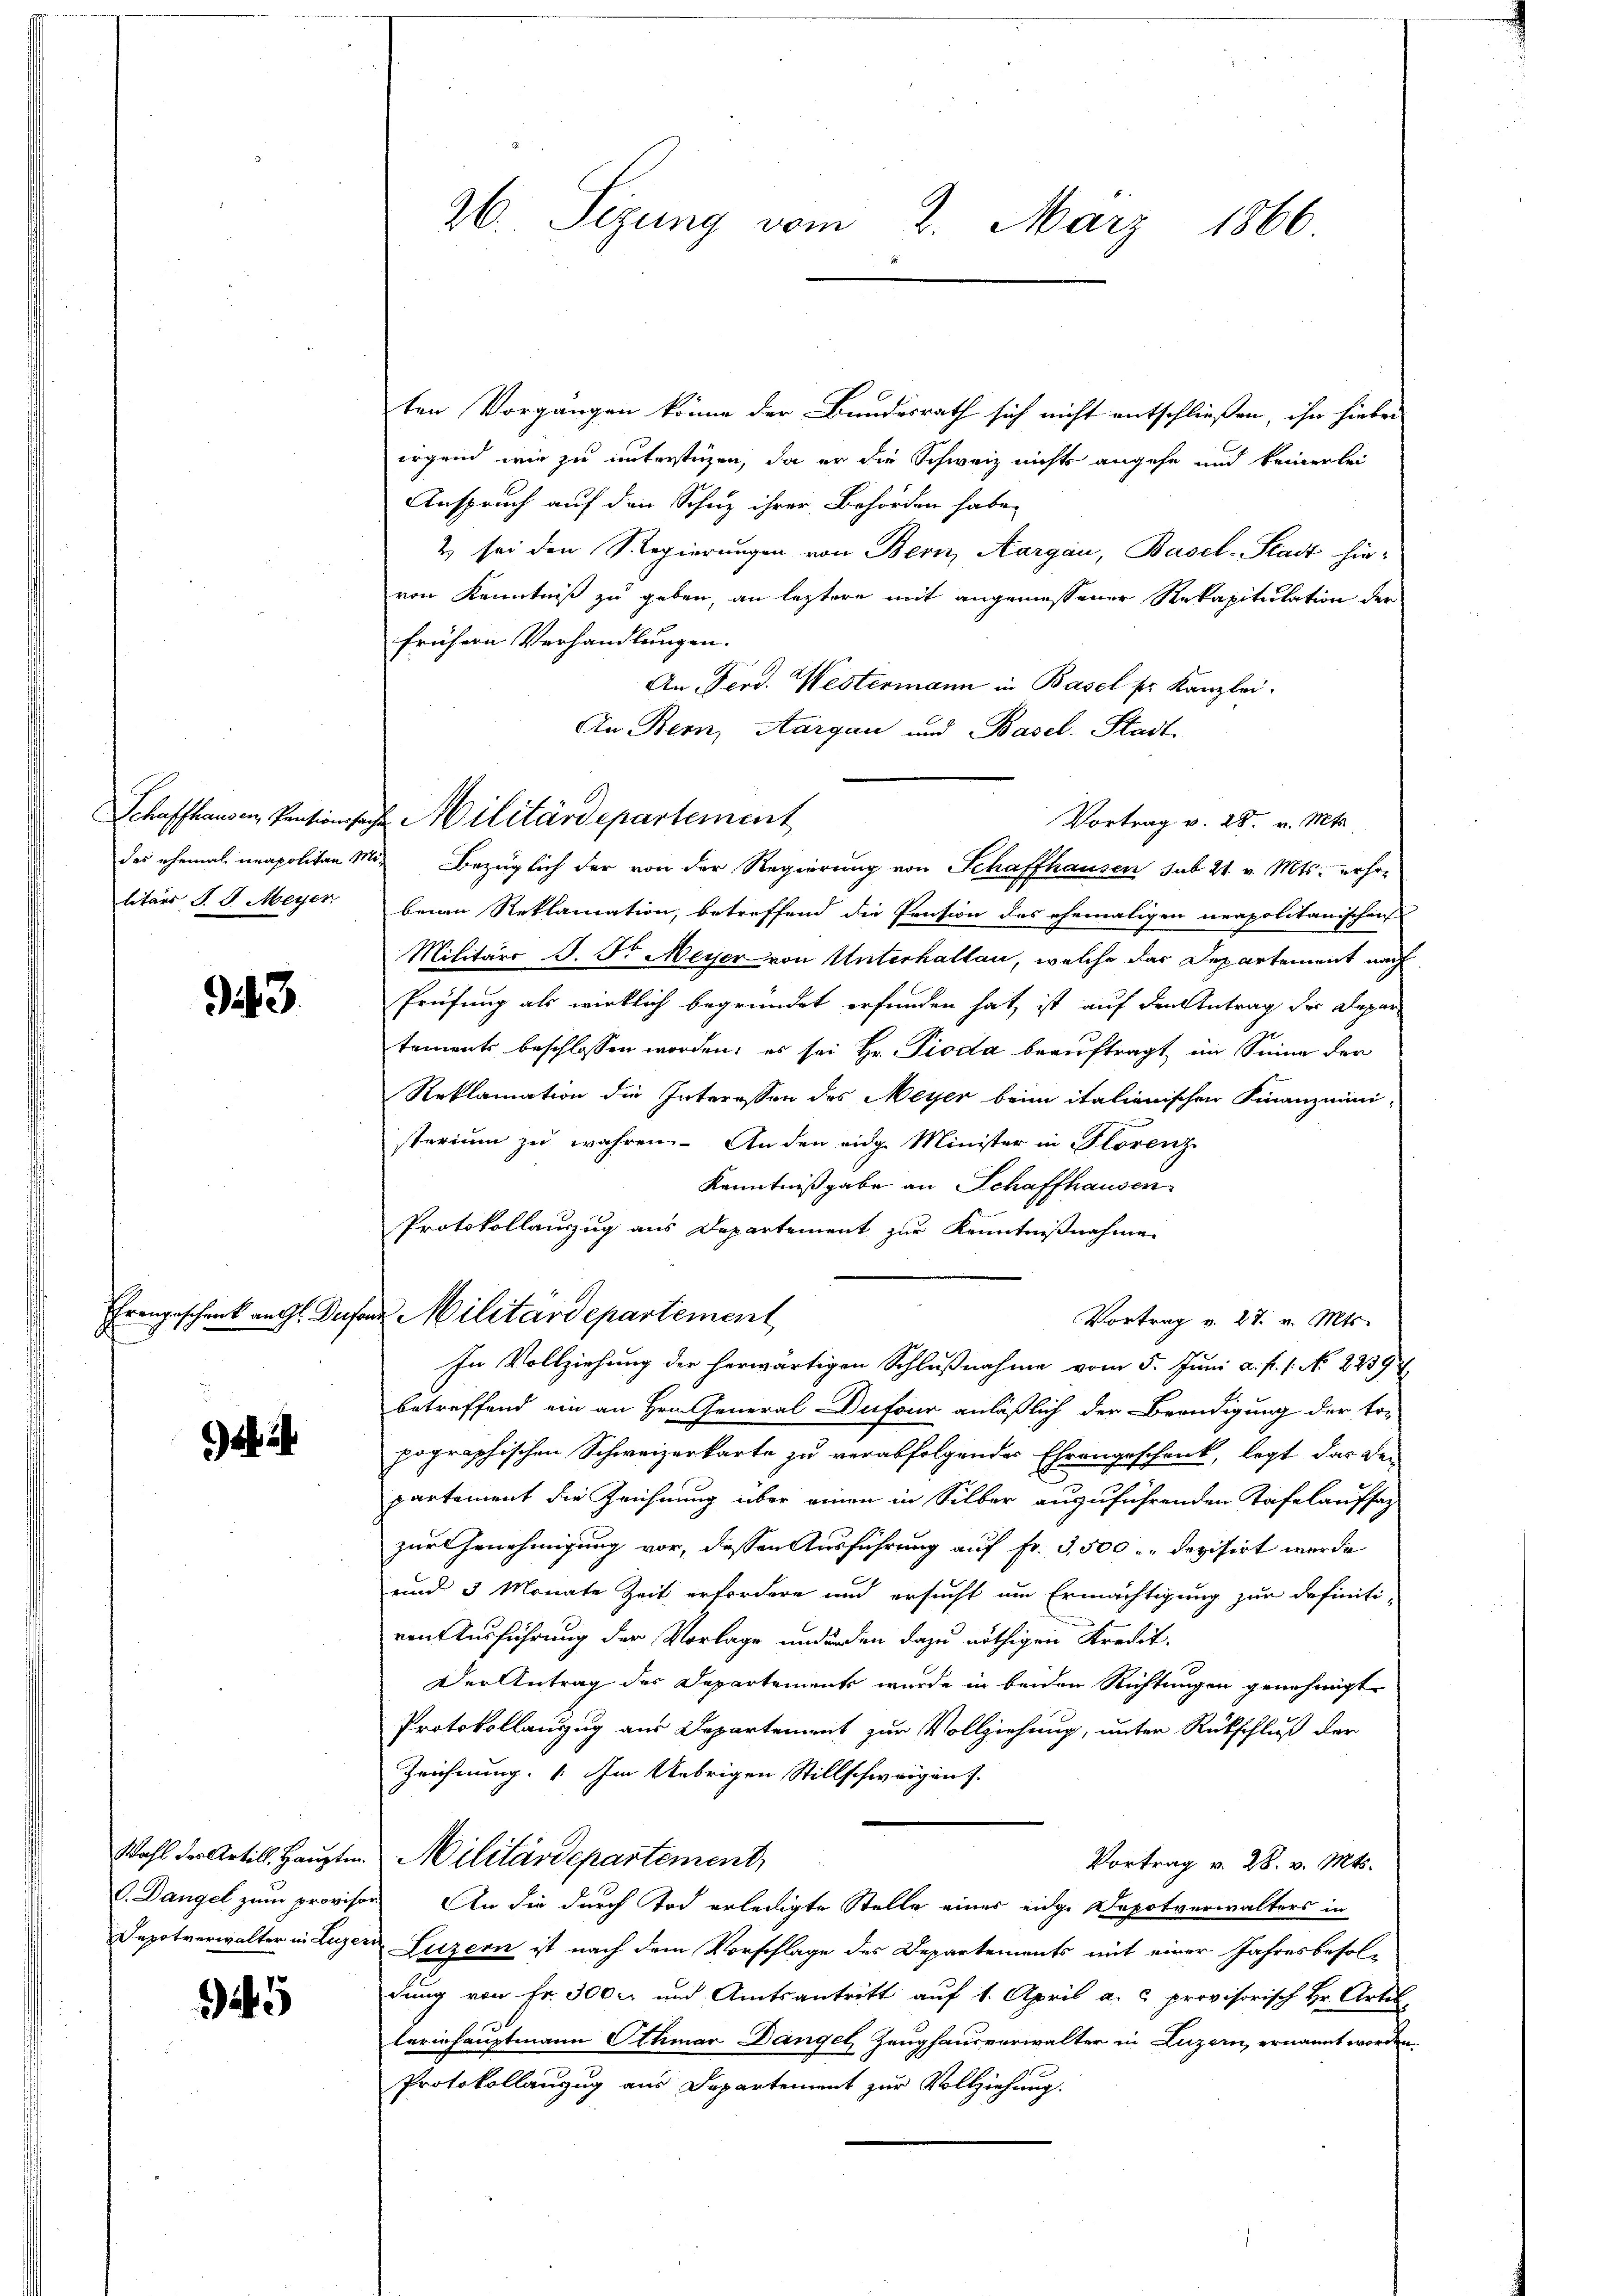
Schaffhausen, Pensionsho
des ehemal neapolitan 1
litärs J. J. Meyer

3.

Wahl der Artill. Hauptm
Depotverwalter in Luze

25

26. Sizung vom 2. März 1866.

ten Vorgängen könne der Bundesrath sich nicht entschließen, ihn hiebei
irgend wir zu unterstüzen, da er die Schweiz nichts angehe und keinerlei
Anspruch auf den Schuz ihrer Behörden habe,
2) sei den Regierungen von Bern, Aargau, Basel-Stadt hievon Kenntniß zu geben, an leztere mit angemessener Rekapitulation der
frühern Verhandlungen.
An Ferd. Westermann in Basel ser Kanzlei.
An Bern, Aargau und Basel-Stadt
Vortrag v. 28. v. Mts.
Mit Bezüglich der von der Regierung von Schaffhausen sub 21. v. Mts. erhobenen Reklamation, betreffend die Pension des ehemaligen neapolitanischen
Militärs J. Pr. Meyer von Unterhallan, welche das Departement nach
Prüfung als wirklich begründet erfunden hat, ist auf den Antrag der Departements beschlossen worden; es sei Hr. Pioda beauftragt im Sinne der
Reklamation die Interessen des Meyer beim italienischen Finanzmini-
sterium zu wahren. An den eidg. Minister in Florenz
Kenntnißgabe an Schaffhausen
Protokollauszug aus Departement zur Kenntnißnahme
Ehrengeschenk auf. Deser Militärdepartement
Vortrag v. 27. v. Mts.
In Vollziehung der herwärtigen Schlußnahme vom 5. Juni a. f. 1. No 22394
betreffend ein an Hrn. General-Dufour anläßlich der Beendigung der to-
pographischen Schweizerkarte zu verabfolgendes Ehrengeschenk, legt das De-
partement die Zeichnung über einen in Silber anzuführenden Tafelaufsatz
zur Genehmigung vor, dessen Ausführung auf Fr. 3,500 u. devisirt werde
und 3 Monate Zeit erfordere und ersucht um Ermächtigung zur definiti-
von Ausführung der Vorlage undenden dazu nöthigen Kredit.
Der Antrag des Departements wurde in beiden Richtungen genehmigt.
Protokollanzug aus Departement zur Vollziehung, unter Rückschluß der
Zeichnung. Im Uebrigen Stillschwarzen.
Militärdepartement,
Vortrag v. 28. v. Mts.
C. Dangel zum provisors An die durch Tod erledigte Stelle einer eidge Depotverwalters in
in Luzern ist nach dem Vorschlage des Departements mit einer Jahresbesoldung von Fr. 300 l. und Amtsantritt auf 1. April a. c. provisorisch Hr. Artes,
lerinhauptmann Ottmar Dangel Zeughausverwalter in Luzern, ernannt worden.
Protokollanzug aus Departement zur Vollziehung.

u. Militärdepartement